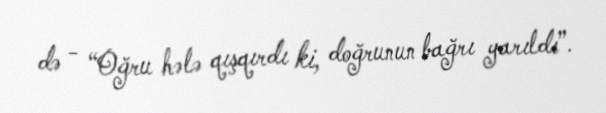
də - “Oğru hələ qışqırdı ki, doğrunun bağrı yarıldı”.